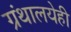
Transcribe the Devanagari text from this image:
ग्रंथालयेही